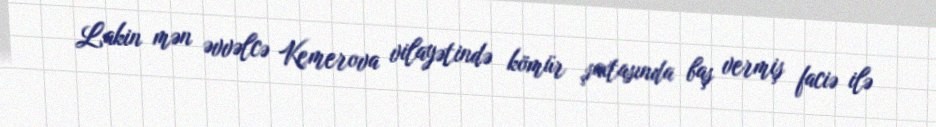
Lakin mən əvvəlcə Kemerova vilayətində kömür şaxtasında baş vermiş faciə ilə